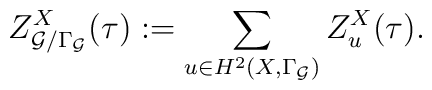
Z_{{\cal G}/\Gamma_{\cal G}}^X(\tau):= \sum_{u\in H^2(X,\Gamma_{\cal G})} Z_u^X(\tau).